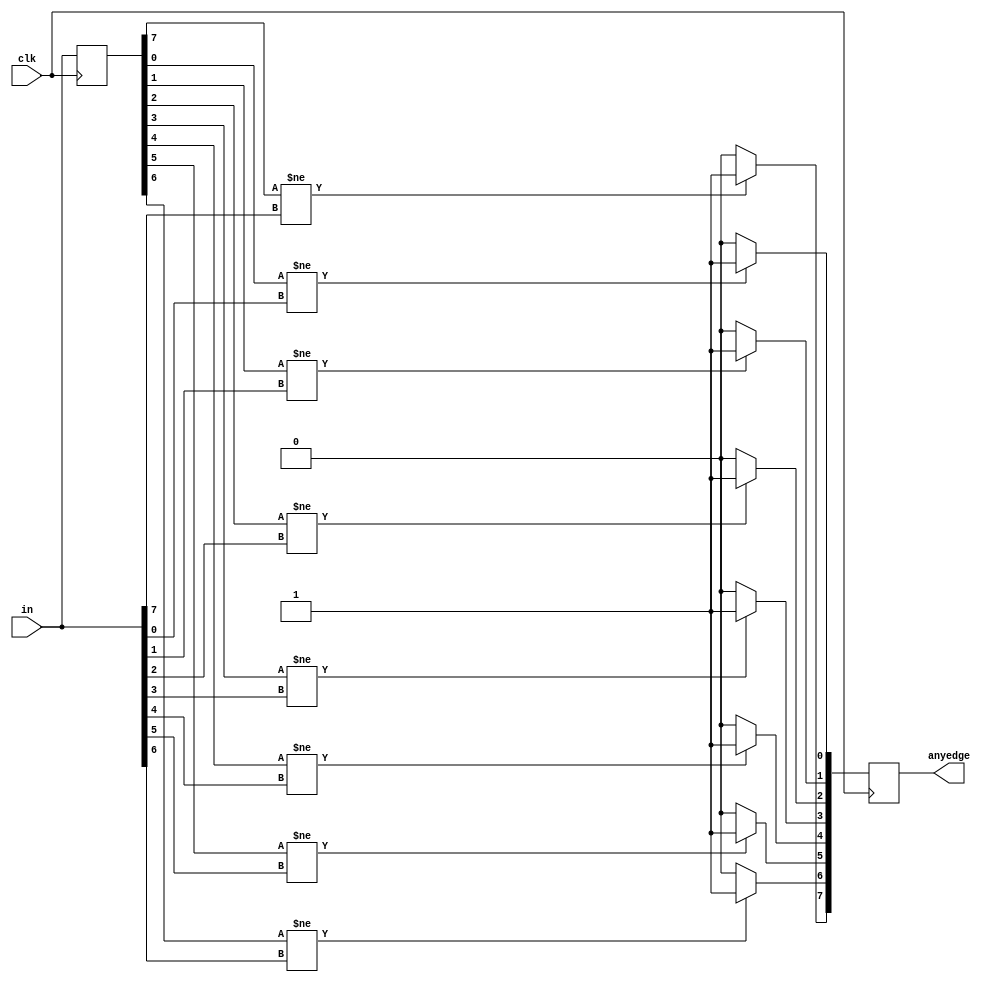
module top_module (
    input clk,
    input [7:0] in,
    output [7:0] anyedge
);
    
    integer i;
    reg [7:0] in_tmp;
    always @(posedge clk) begin
        for(i = 0; i < 8; i = i + 1) begin
            if(in_tmp[i] != in[i]) begin
                anyedge[i] = 1;
            end
            else begin
                anyedge[i] = 0;
            end
            in_tmp[i] = in[i];
        end
    end

endmodule